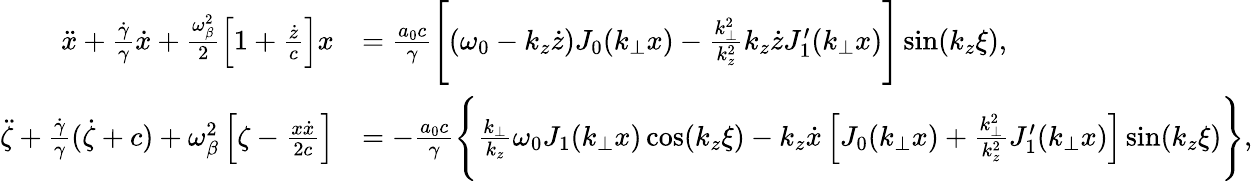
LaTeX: \begin{array}{rl}{\ddot{x}+\frac{\dot{\gamma}}{\gamma}\dot{x}+\frac{\omega_{\beta}^{2}}{2}\left[1+\frac{\dot{z}}{c}\right]x}&{=\frac{a_{0}c}{\gamma}\Bigg[(\omega_{0}-k_{z}\dot{z})J_{0}(k_{\perp}x)-\frac{k_{\perp}^{2}}{k_{z}^{2}}k_{z}\dot{z}J_{1}^{\prime}(k_{\perp}x)\Bigg]\sin(k_{z}\xi),}\\ {\ddot{\zeta}+\frac{\dot{\gamma}}{\gamma}(\dot{\zeta}+c)+\omega_{\beta}^{2}\left[\zeta-\frac{x\dot{x}}{2c}\right]}&{=-\frac{a_{0}c}{\gamma}\Bigg\{ \frac{k_{\perp}}{k_{z}}\omega_{0}J_{1}(k_{\perp}x)\cos(k_{z}\xi)-k_{z}\dot{x}\left[J_{0}(k_{\perp}x)+\frac{k_{\perp}^{2}}{k_{z}^{2}}J_{1}^{\prime}(k_{\perp}x)\right]\sin(k_{z}\xi)\Bigg\} ,}\end{array}